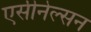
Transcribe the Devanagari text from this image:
एसीनेल्सन